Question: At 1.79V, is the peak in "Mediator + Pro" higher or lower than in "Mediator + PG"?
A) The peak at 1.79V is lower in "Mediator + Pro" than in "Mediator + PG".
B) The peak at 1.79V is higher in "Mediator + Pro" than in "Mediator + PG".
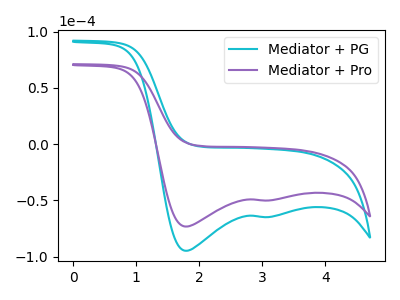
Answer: <think>The cyan curve "Mediator + PG" has cathodic peaks at (1.80V, -94.80uA) (3.10V, -64.75uA). The purple curve "Mediator + Pro" has cathodic peaks at (1.80V, -73.25uA) (3.10V, -50.05uA).</think>
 <answer>A) The peak at 1.79V is lower in "Mediator + Pro" than in "Mediator + PG".</answer>
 <eval>A</eval>